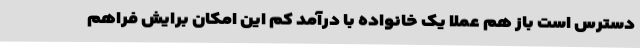
دسترس است باز هم عملا یک خانواده با درآمد کم این امکان برایش فراهم